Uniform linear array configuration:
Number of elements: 24
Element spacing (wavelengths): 0.5
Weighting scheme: hamming
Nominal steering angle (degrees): -30
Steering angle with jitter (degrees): -30.966
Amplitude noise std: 0.05
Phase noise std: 0.05

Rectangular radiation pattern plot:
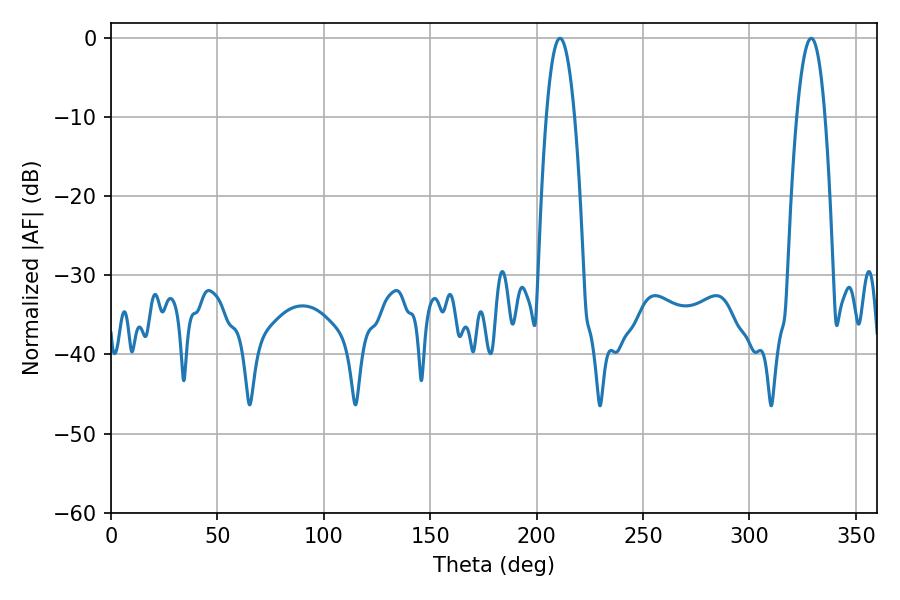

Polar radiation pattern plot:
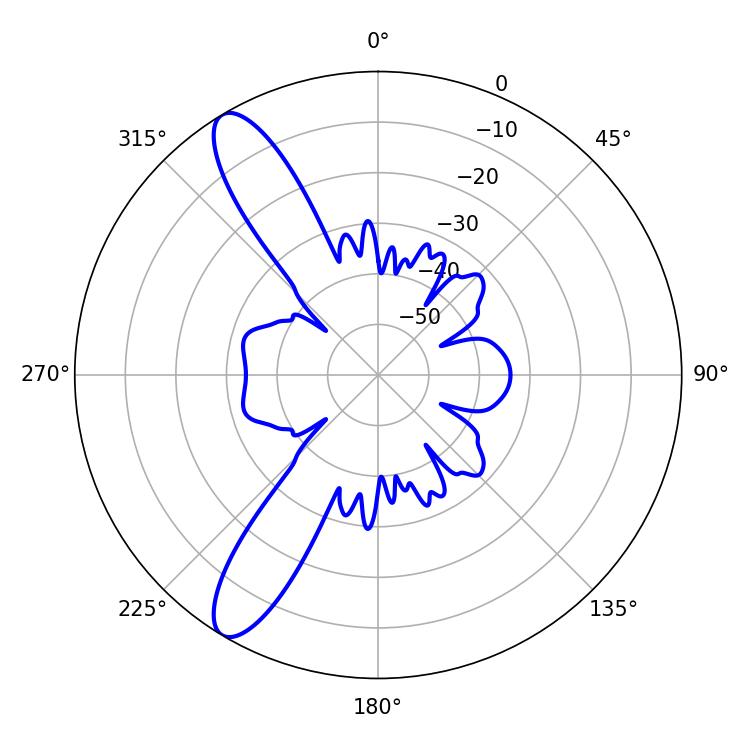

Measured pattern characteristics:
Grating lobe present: FALSE
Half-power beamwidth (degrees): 7.38
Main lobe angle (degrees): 210.96